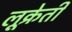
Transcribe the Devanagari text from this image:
लूक्रेती